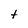
Character: t